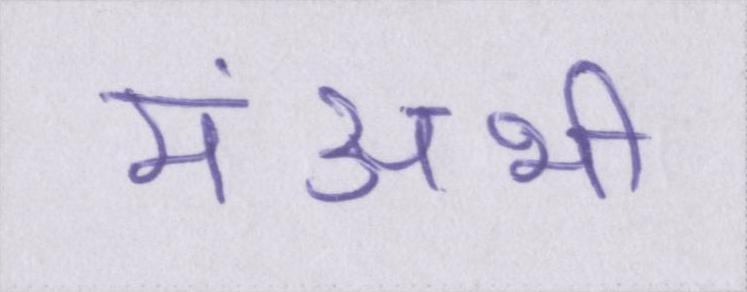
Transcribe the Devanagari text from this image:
मंअभी